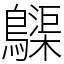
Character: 𪆫